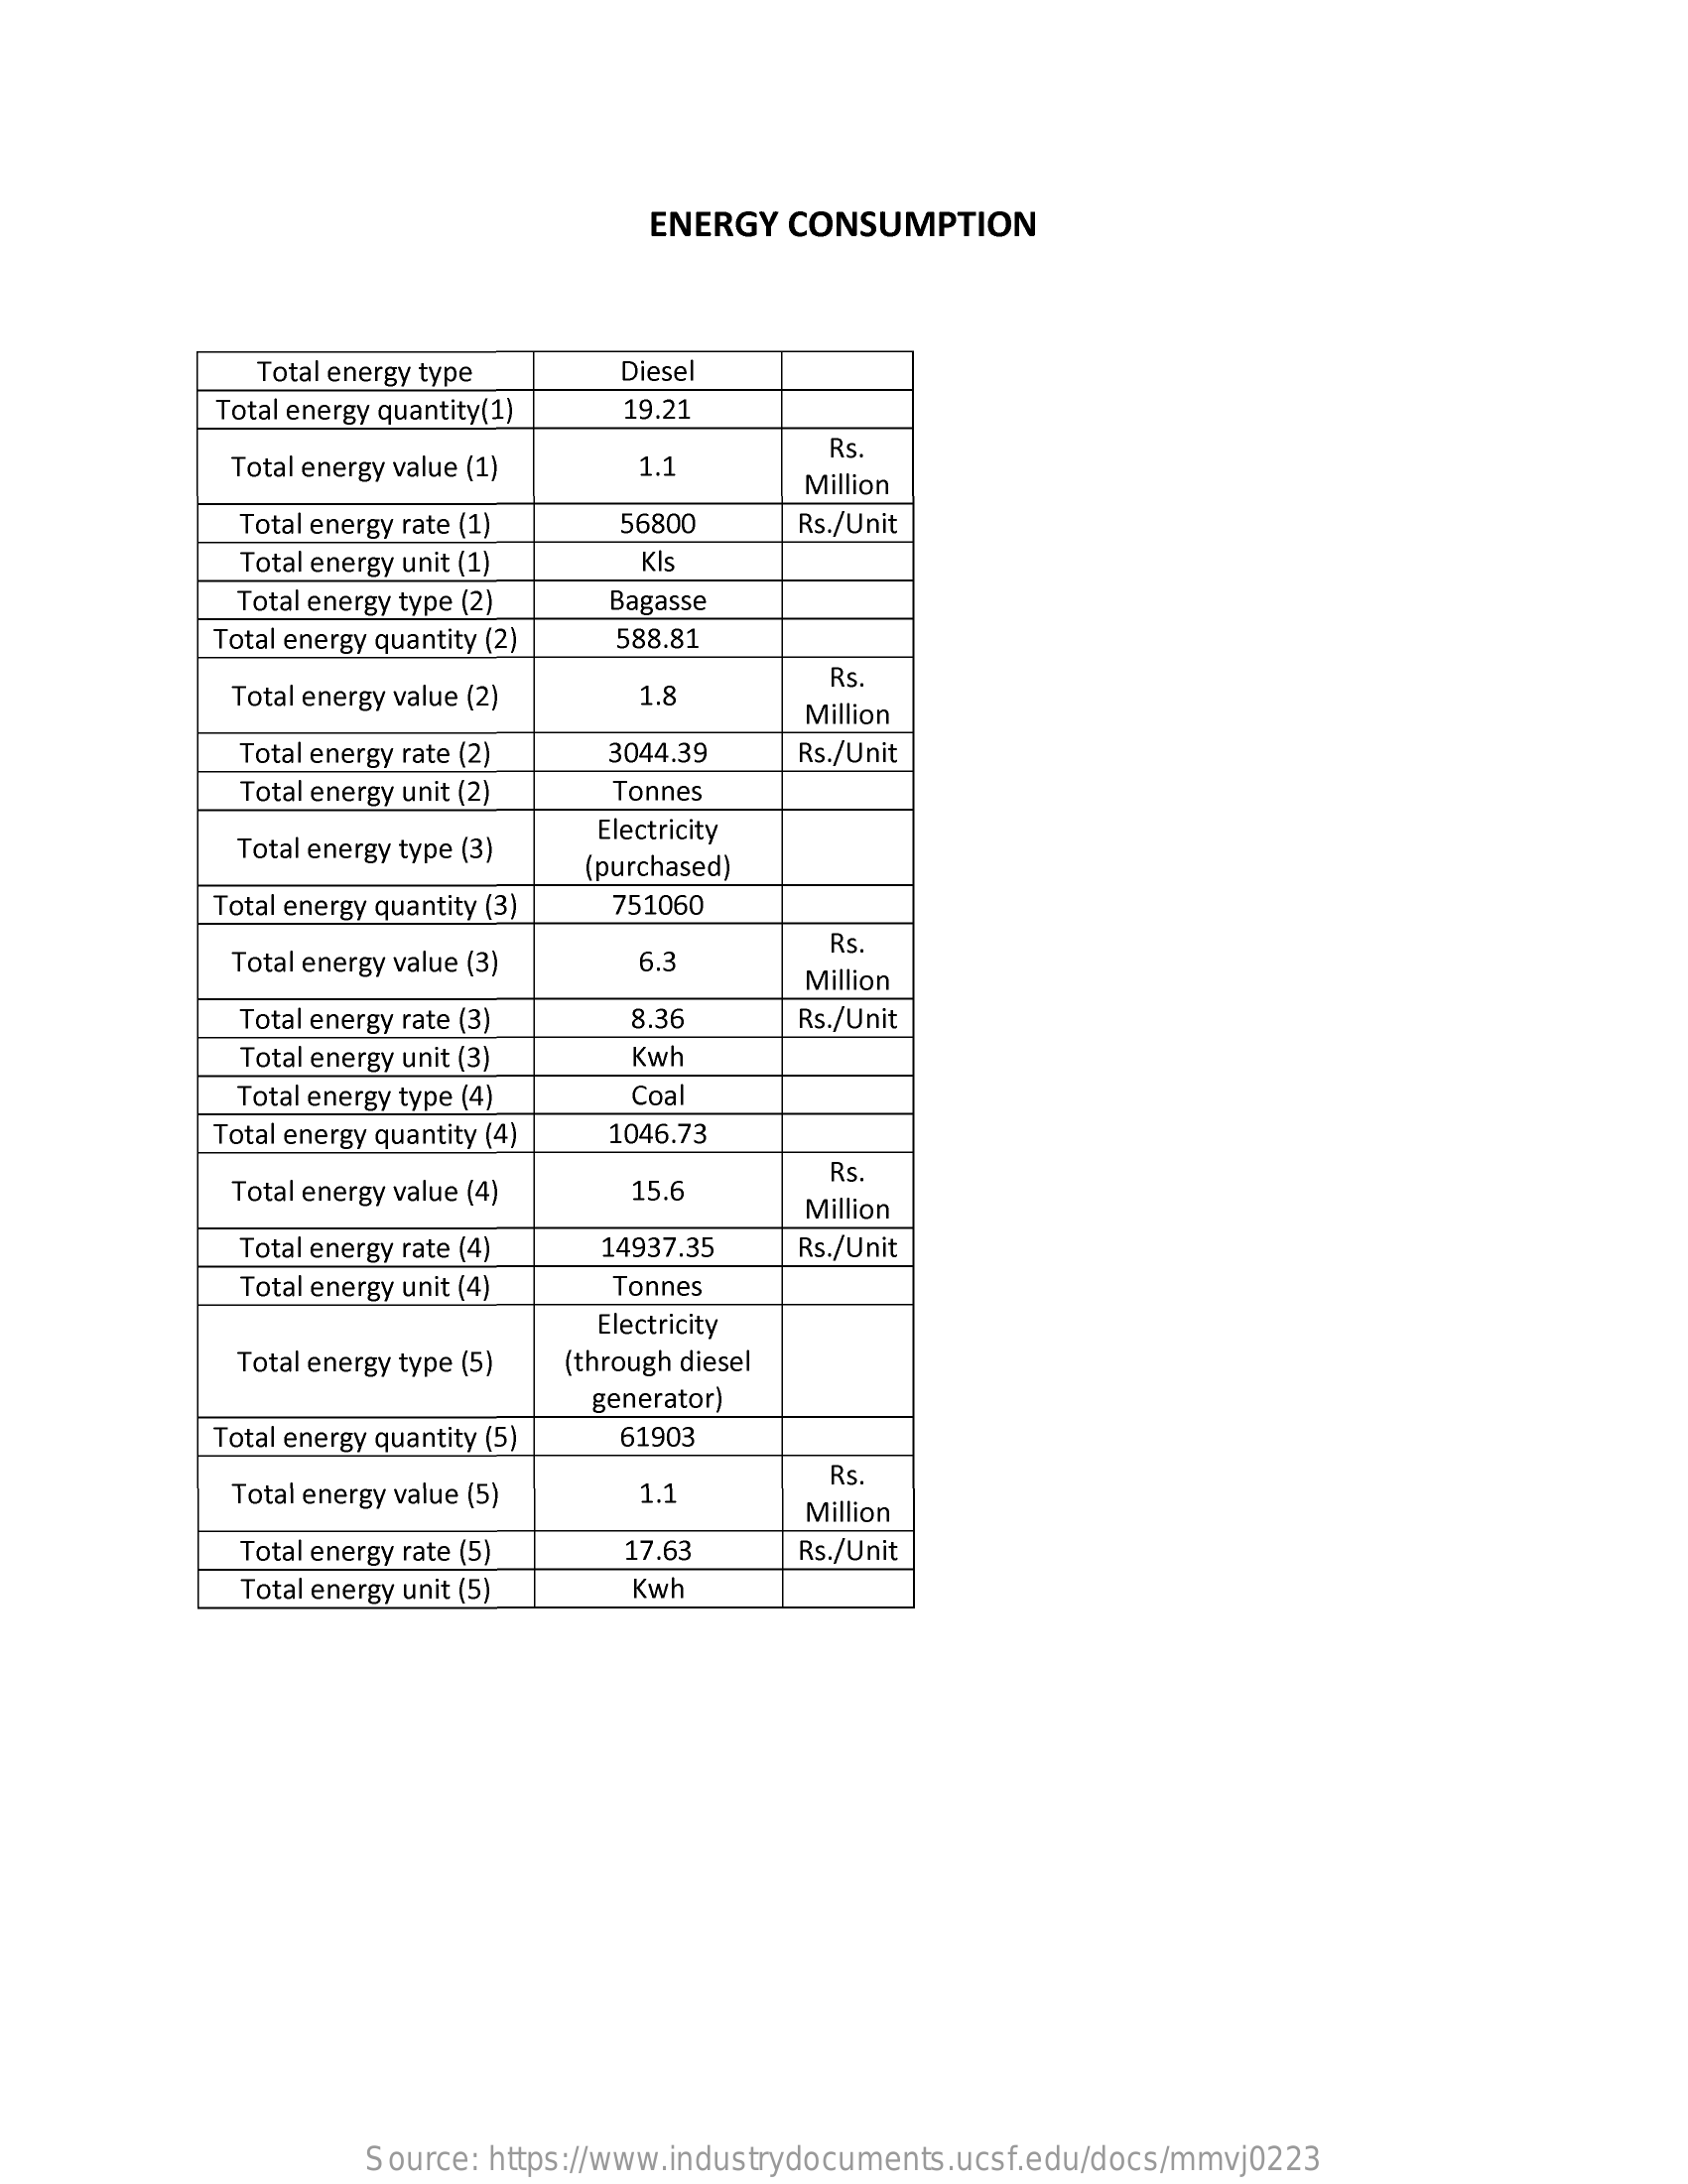
ENERGY   CONSUMPTION
     Total energy type    Diesel
     Total energy quantity(1) 19.21
     Total energy value (1)   1.1
     Rs
     Million
     Total energy rate (1)   56800    Rs./Unit
     Total energy unit (1)    Kis
     Total energy type (2)  Bagasse
     Total energy quantity (2) 588.81
     Total energy value (2)   1.8
     Rs.
     Million
     Total energy rate (2)  3044.39    Rs./Unit
     Total energy unit (2)  Tonnes
     Total energy type (3)
     Electricity
     (purchased)
     Total energy quantity (3) 751060
     Total energy value (3)   6.3
     Rs.
     Million
     Total energy rate (3)    3.36    Rs./Unit
     Total energy unit (3)   Kwh
     Total energy type (4)   Coal
     Total energy quantity (4) 1046.73
     Total energy value (4)   15.6
     Rs.
     Million
     Total energy rate (4)  14937.35    Rs./Unit
     Total energy unit (4)  Tonnes
     Electricity
     Total energy type (5) (through diesel
     generator)
     Total energy quantity (5) 61903
     Total energy value (5)   1.1
     Rs.
     Million
     Total energy rate (5)   17.63    Rs./Unit
     Total energy unit (5)   Kwh
     Source: https://www.industrydocuments.ucsf.edu/docs/mmvj0223